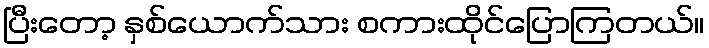
ပြီးတော့ နှစ်ယောက်သား စကားထိုင်ပြောကြတယ်။